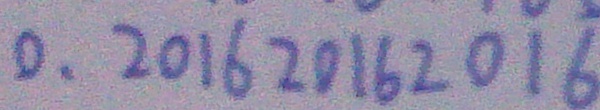
0 . 2 0 1 6 2 0 1 6 2 0 1 6